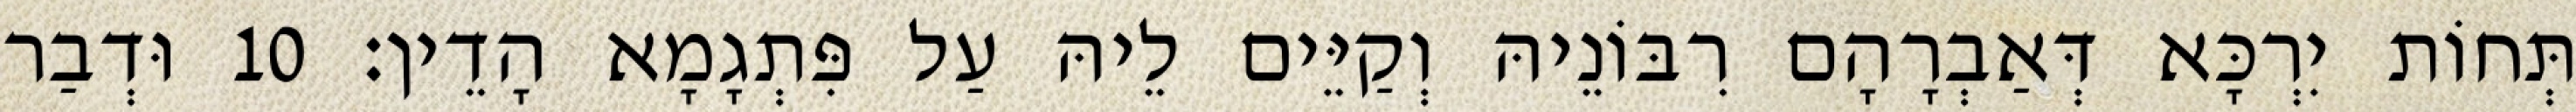
תְּחוֹת יִרְכָּא דְּאַבְרָהָם רִבּוֹנֵיהּ וְקַיֵּים לֵיהּ עַל פִּתְגָמָא הָדֵין׃ 10 וּדְבַר